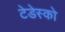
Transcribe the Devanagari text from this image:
टेडेस्को